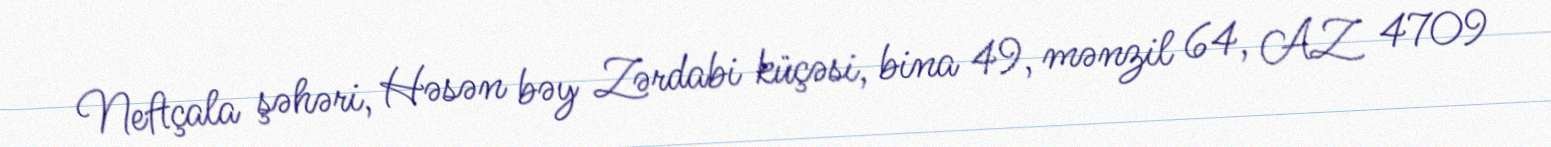
Neftçala şəhəri, Həsən bəy Zərdabi küçəsi, bina 49, mənzil 64, AZ 4709